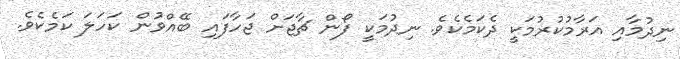
ނިދުމާއި އަރާމުކުރުމަކީ ދެކަމެކެވެ. ނިދުމަކީ ފޯން ޗާޖަށް ޖަހާފައި ބޭއްވުން ކަހަލަ ކަމެކެވެ.